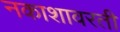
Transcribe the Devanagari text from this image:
नकाशावरती